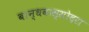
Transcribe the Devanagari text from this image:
बान्धवास्सोदरा